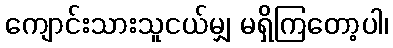
ကျောင်းသားသူငယ်မျှ မရှိကြတော့ပါ၊